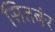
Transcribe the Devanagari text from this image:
सितबंर